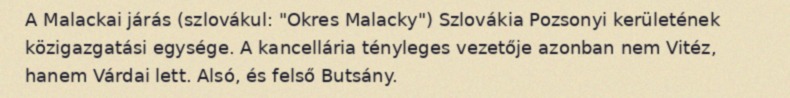
A Malackai járás (szlovákul: "Okres Malacky") Szlovákia Pozsonyi kerületének közigazgatási egysége. A kancellária tényleges vezetője azonban nem Vitéz, hanem Várdai lett. Alsó, és felső Butsány.